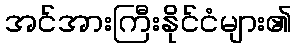
အင်အားကြီးနိုင်ငံများ၏